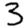
Digit: 3